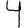
Digit: 4